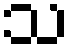
သ